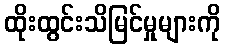
ထိုးထွင်းသိမြင်မှုများကို